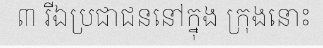
៣ រីឯប្រជាជននៅក្នុង ក្រុងនោះ